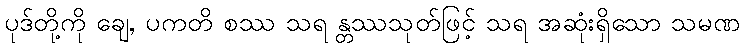
ပုဒ်တို့ကို ချေ, ပကတိ စဿ သရ န္တဿသုတ်ဖြင့် သရ အဆုံးရှိသော သမဏ